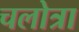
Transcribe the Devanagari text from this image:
चलोत्रा